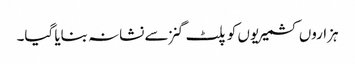
ہزاروں کشمیریوں کو پلٹ گنز سے نشانہ بنایا گیا۔